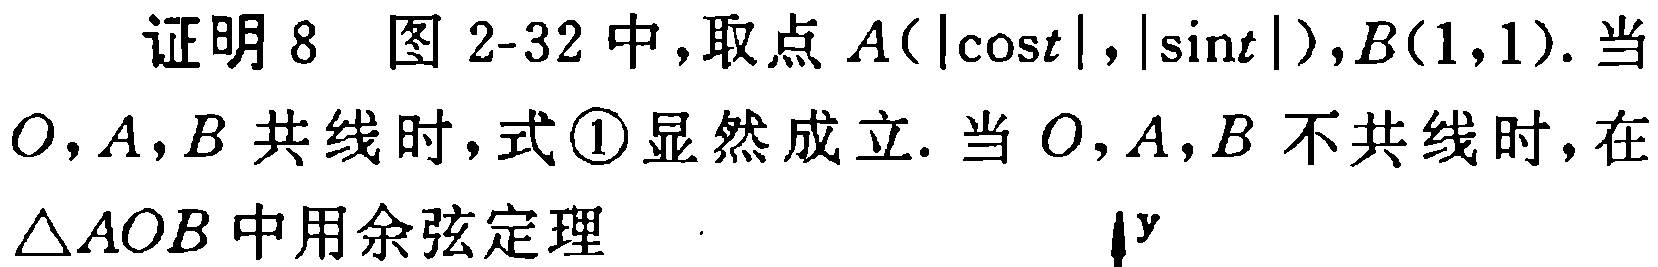
证明8 图2-32中，取点\(A(|\cos t|,|\sin t|),B(1,1)\). 当\(O,A,B\)共线时，式\textcircled{1}显然成立. 当\(O,A,B\)不共线时，在\(\triangle AOB\)中用余弦定理